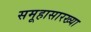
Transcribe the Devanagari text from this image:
समूहासारख्या